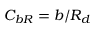
C _ { b R } = b / R _ { d }